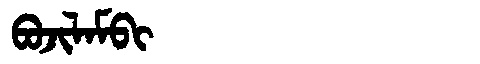
Manchu: ᠪᠣᠵᡳᠯᠠᠮᠪᡳ
Romanization: BOJILAMBI